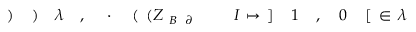
\! \! \! \! \! \! \! \! \! \! \! \lambda \! \! \! \! \! \! \! \! \! \! \! \! \in \! \! \! \! \! \! \! \! \! \! \! \! [ \! \! \! \! \! \! \! \! \! \! \! \! 0 \! \! \! \! \! \! \! \! \! \! \! \! , \! \! \! \! \! \! \! \! \! \! \! \! 1 \! \! \! \! \! \! \! \! \! \! \! \! ] \! \! \! \! \! \! \! \! \! \! \! \! \mapsto \! \! \! \! \! \! \! \! \! \! \! \! I \! \! \! \! \! \! \! \! \! \! \! \! _ { \! \! \! \! \! \! \! \! \! \! \! \! \partial \! \! \! \! \! \! \! \! \! \! \! \! B } \! \! \! \! \! \! \! \! \! \! \! \! ( Z \! \! \! \! \! \! \! \! \! \! \! \! ( \! \! \! \! \! \! \! \! \! \! \! \! \cdot \! \! \! \! \! \! \! \! \! \! \! \! , \! \! \! \! \! \! \! \! \! \! \! \! \lambda \! \! \! \! \! \! \! \! \! \! \! \! ) \! \! \! \! \! \! \! \! \! \! \! \! ) \! \! \! \! \! \! \! \! \! \! \!